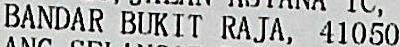
BANDAR BUKIT RAJA, 41050